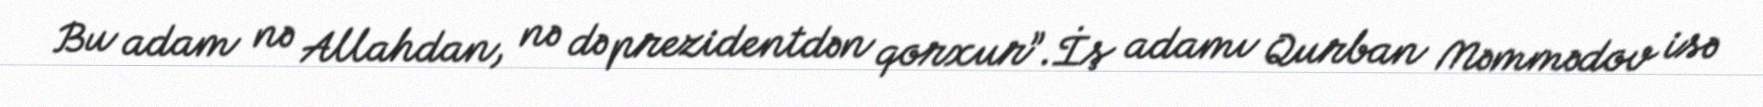
Bu adam nə Allahdan, nə də prezidentdən qorxur”.İş adamı Qurban Məmmədov isə